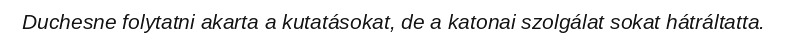
Duchesne folytatni akarta a kutatásokat, de a katonai szolgálat sokat hátráltatta.